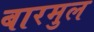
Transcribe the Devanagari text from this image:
बारमुल